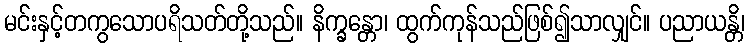
မင်းနှင့်တကွသောပရိသတ်တို့သည်။ နိက္ခန္တော၊ ထွက်ကုန်သည်ဖြစ်၍သာလျှင်။ ပညာယန္တိ၊